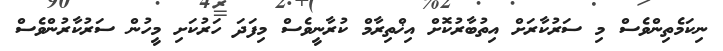
ނިކަމެތިންވެސް މި ސަރުކާރަށް އިތުބާރުކޮށް އިޚްތިރާމް ކުރާނީވެސް މިފަދަ ހަރުކަށި މީހުން ސަރުކާރުންވެސް